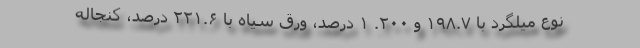
نوع میلگرد با ۱۹۸.۷ و ۲۰۰. ۱ درصد، ورق سیاه با ۲۲۱.۶ درصد، کنجاله